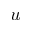
u